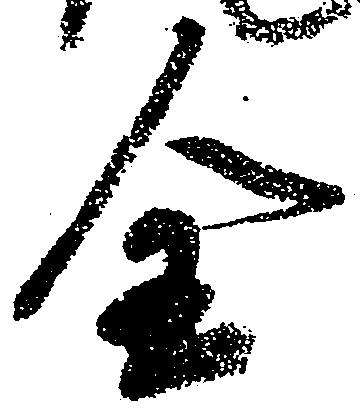
全